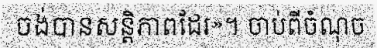
ចង់បានសន្តិភាពដែរ»។ ចាប់ពីចំណុច